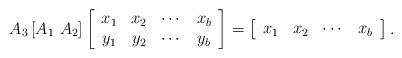
LaTeX: \begin{align*}A_3 \left[A_1~ A_2 \right]\left[\begin{array}{cccc}x_1 & x_2 & \cdots & x_b \\y_1 & y_2 & \cdots & y_b\end{array}\right]=\left[\begin{array}{cccc}x_1 & x_2 & \cdots & x_b \end{array}\right].\end{align*}